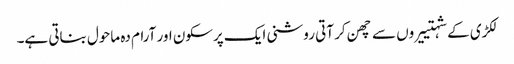
لکڑی کے شہتییروں سے چھن کر آتی روشنی ایک پرسکون اور آرام دہ ماحول بناتی ہے۔